Report on the working of the Ranchi Indian Mental Hospital, Kanke, in Bihar and Orissa - 1930-1940
Year: 1930
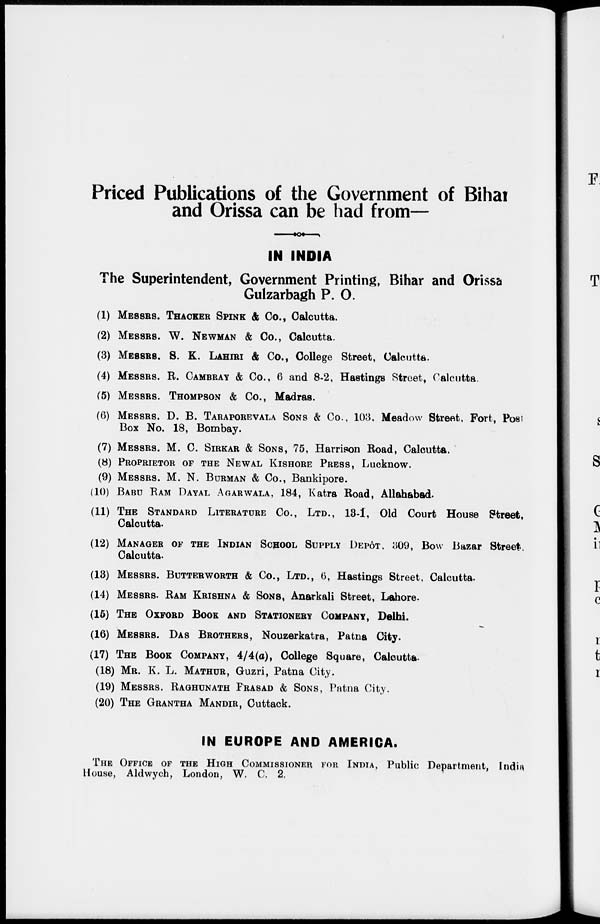
Priced Publications of the Government of Bihar
and Orissa can be had from—
IN INDIA
The Superintendent, Government Printing, Bihar and Orissa
Gulzarbagh P. O.
(1) MESSES. THACKER SPINK & Co., Calcutta.
(2) MESSRS. W. NEWMAN & Co., Calcutta.
(3) MESSES. S. K. LAHIRI & Co., College Street, Calcutta.
(4) MESSRS. R. CAMBRAY & Co., 6 and 8-2, Hastings Street, Calcutta.
(5) MESSRS. THOMPSON & Co., Madras.
(6) MESSRS. D. B. TARAPOREVALA SONS & Co., 103, Meadow Street, Fort, Post
Box No. 18, Bombay.
(7) MESSRS. M. C. SIRKAR & SONS, 75, Harrison Road, Calcutta.
(8) PROPRIETOR OF THE NEWAL KISHORE PRESS, Lucknow.
(9) MESSRS. M. N. BURMAN & Co., Bankipore.
(10) BABU RAM DAYAL AGARWALA, 184, Katra Road, Allahabad.
(11) THE STANDARD LITERATURE Co., LTD., 13-1, Old Court House Street,
Calcutta.
(12 MANAGER OF THE INDIAN SCHOOL SUPPLY DEPÔT, 309, Bow Bazar Street
Calcutta.
(13) MESSRS. BUTTERWORTH & Co., LTD., 6, Hastings Street, Calcutta.
(14) MESSRS. RAM KRISHNA & SONS, Anarkali Street, Lahore.
(15) THE OXFORD BOOK AND STATIONERY COMPANY, Delhi.
(16) MESSRS. DAS BROTHERS, Nouzerkatra, Patna City.
(17) THE BOOK COMPANY, 4/4(a), College Square, Calcutta.
(18) MR. K. L. MATHUR, Guzri, Patna City.
(19) MERRRS. RAGHUNATH PRASAD & SONS, Patna City.
(20) THE GRANTHA MANDIR, Cuttack.
IN EUROPE AND AMERICA.
THE OFFICE OF THE HIGH COMMISSIONER FOR INDIA, Public Department, India
House, Aldwych, London, W. C. 2.